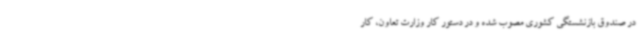
در صندوق بازنشستگی کشوری مصوب شده و در دستور کار وزارت تعاون، کار